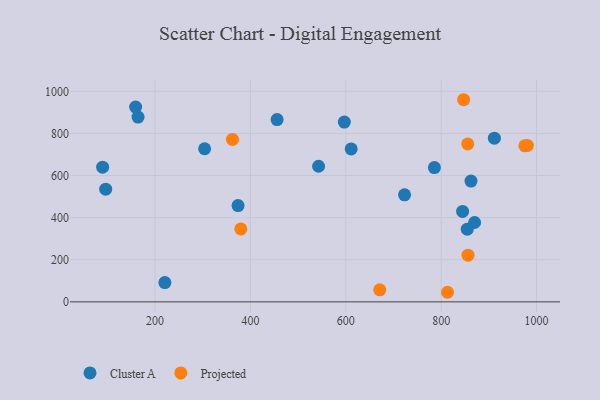
{"axis": {"x": "Engine Size", "y": "Sales"}, "legend": ["Cluster A", "Projected"], "data": [{"x": "220.5", "y": 91.4, "type": "Cluster A"}, {"x": "303.9", "y": 727.2, "type": "Cluster A"}, {"x": "159.2", "y": 925.2, "type": "Cluster A"}, {"x": "723.2", "y": 508.4, "type": "Cluster A"}, {"x": "870.1", "y": 376.9, "type": "Cluster A"}, {"x": "90.0", "y": 639.9, "type": "Cluster A"}, {"x": "164.3", "y": 877.5, "type": "Cluster A"}, {"x": "542.9", "y": 644.2, "type": "Cluster A"}, {"x": "854.7", "y": 345.4, "type": "Cluster A"}, {"x": "374.0", "y": 457.4, "type": "Cluster A"}, {"x": "785.8", "y": 637.8, "type": "Cluster A"}, {"x": "596.9", "y": 854.1, "type": "Cluster A"}, {"x": "96.4", "y": 535.3, "type": "Cluster A"}, {"x": "611.3", "y": 726.4, "type": "Cluster A"}, {"x": "862.6", "y": 573.9, "type": "Cluster A"}, {"x": "911.6", "y": 777.5, "type": "Cluster A"}, {"x": "455.9", "y": 865.7, "type": "Cluster A"}, {"x": "844.9", "y": 429.5, "type": "Cluster A"}, {"x": "975.6", "y": 741.3, "type": "Projected"}, {"x": "671.2", "y": 57.2, "type": "Projected"}, {"x": "847.0", "y": 960.1, "type": "Projected"}, {"x": "856.3", "y": 221.9, "type": "Projected"}, {"x": "379.8", "y": 346.2, "type": "Projected"}, {"x": "855.7", "y": 750.0, "type": "Projected"}, {"x": "813.3", "y": 45.5, "type": "Projected"}, {"x": "362.3", "y": 771.7, "type": "Projected"}, {"x": "980.8", "y": 742.8, "type": "Projected"}]}